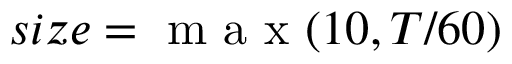
s i z e = \mathrm { ~ m ~ a ~ x ~ } ( 1 0 , T / 6 0 )